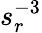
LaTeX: s_{r}^{-3}